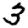
Digit: 3